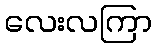
လေးလကြာ